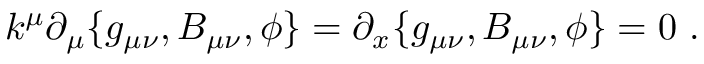
k ^ { \mu } \partial _ { \mu } \{ g _ { \mu \nu } , B _ { \mu \nu } , \phi \} = \partial _ { x } \{ g _ { \mu \nu } , B _ { \mu \nu } , \phi \} = 0 \ .